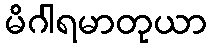
မိဂါရမာတုယာ